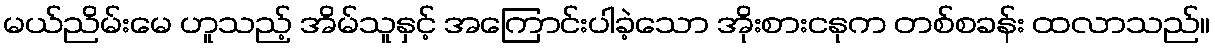
မယ်ညိမ်းမေ ဟူသည့် အိမ်သူနှင့် အကြောင်းပါခဲ့သော အိုးစားငနုက တစ်စခန်း ထလာသည်။